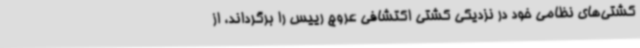
کشتی‌های نظامی خود در نزدیکی کشتی اکتشافی عروج رییس را برگرداند، از